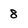
Character: 8